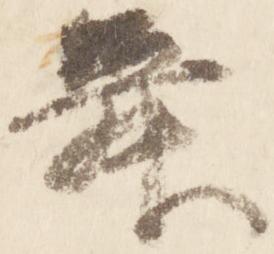
舞